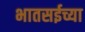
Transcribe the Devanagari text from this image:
भातसईच्या